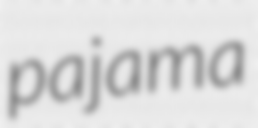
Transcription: pajama